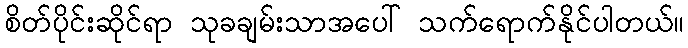
စိတ်ပိုင်းဆိုင်ရာ သုခချမ်းသာအပေါ် သက်ရောက်နိုင်ပါတယ်။